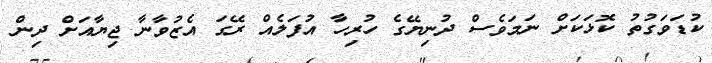
ކުޑަވަގުތު ކޮޅަކަށް ނަމަވެސް ދުނިޔޭގެ ހުރިހާ އުފަލެއް ރޭގަ އެޒުވާނާ ޖިޔާއަށް ދިން